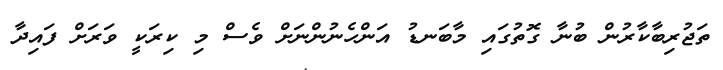
ތަޖުރިބާކާރުން ބުނާ ގޮތުގައި މާބަނޑު އަންހެނުންނަށް ވެސް މި ކިރަކީ ވަރަށް ފައިދާ